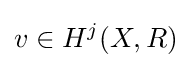
v\in H^{j}(X,R)